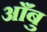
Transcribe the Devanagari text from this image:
आँबु